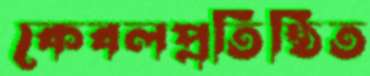
কেবলপ্রতিষ্ঠিত